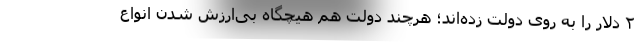
۲ دلار را به روی دولت زده‌اند؛ هرچند دولت هم هیچگاه بی‌ارزش شدن انواع